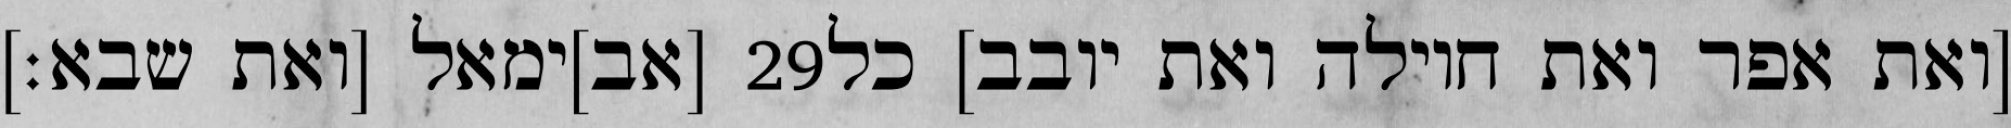
[אב]ימאל [ואת שבא׃] ‎29‏ [ואת אפר ואת חוילה ואת יובב] כל